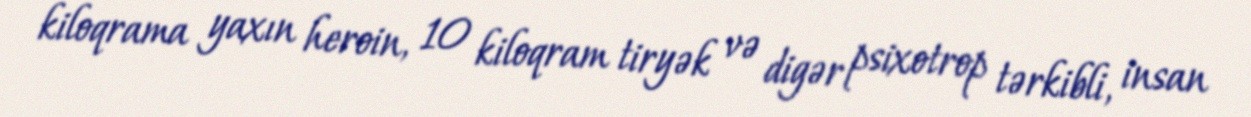
kiloqrama yaxın heroin, 10 kiloqram tiryək və digər psixotrop tərkibli, insan